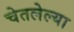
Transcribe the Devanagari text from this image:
चेतलेल्या